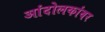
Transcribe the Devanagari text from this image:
आंदोलकांवर